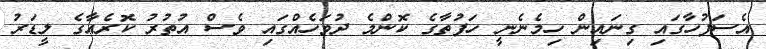
އެސަފުހާގައި ގިނައިން ހިމެނެނީ ހަފުތާގެ ކޮންމެ ދުވަހެއްގައި ވެސް އުތުރު ކޮރެއާގެ ލީޑަރު